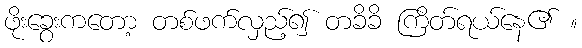
ဖိုးခွေးကတော့ တစ်ဖက်လှည့်၍ တခိခိ ကြိတ်ရယ်နေ၏ ။